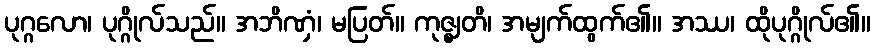
ပုဂ္ဂလော၊ ပုဂ္ဂိုလ်သည်။ အဘိဏှံ၊ မပြတ်။ ကုဇ္ဈတိ၊ အမျက်ထွက်၏။ အဿ၊ ထိုပုဂ္ဂိုလ်၏။